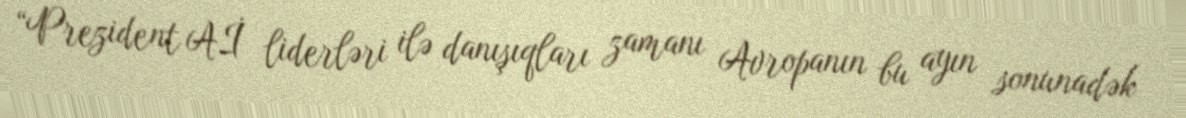
“Prezident Aİ liderləri ilə danışıqları zamanı Avropanın bu ayın sonunadək